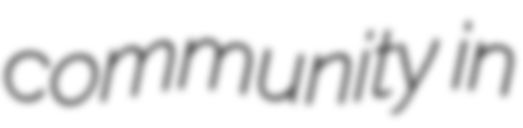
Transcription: community in